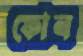
ফোন